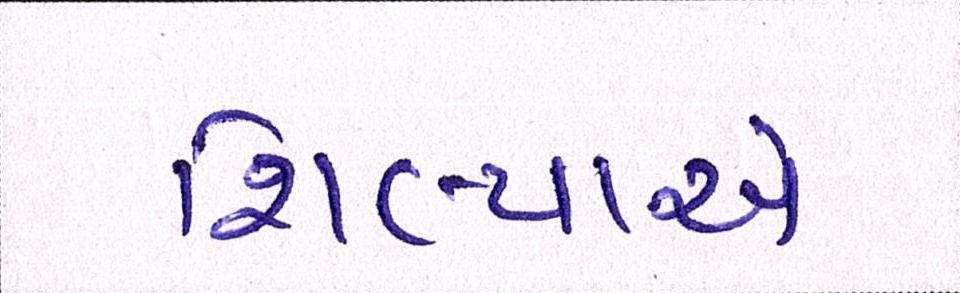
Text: શિલ્પાએ